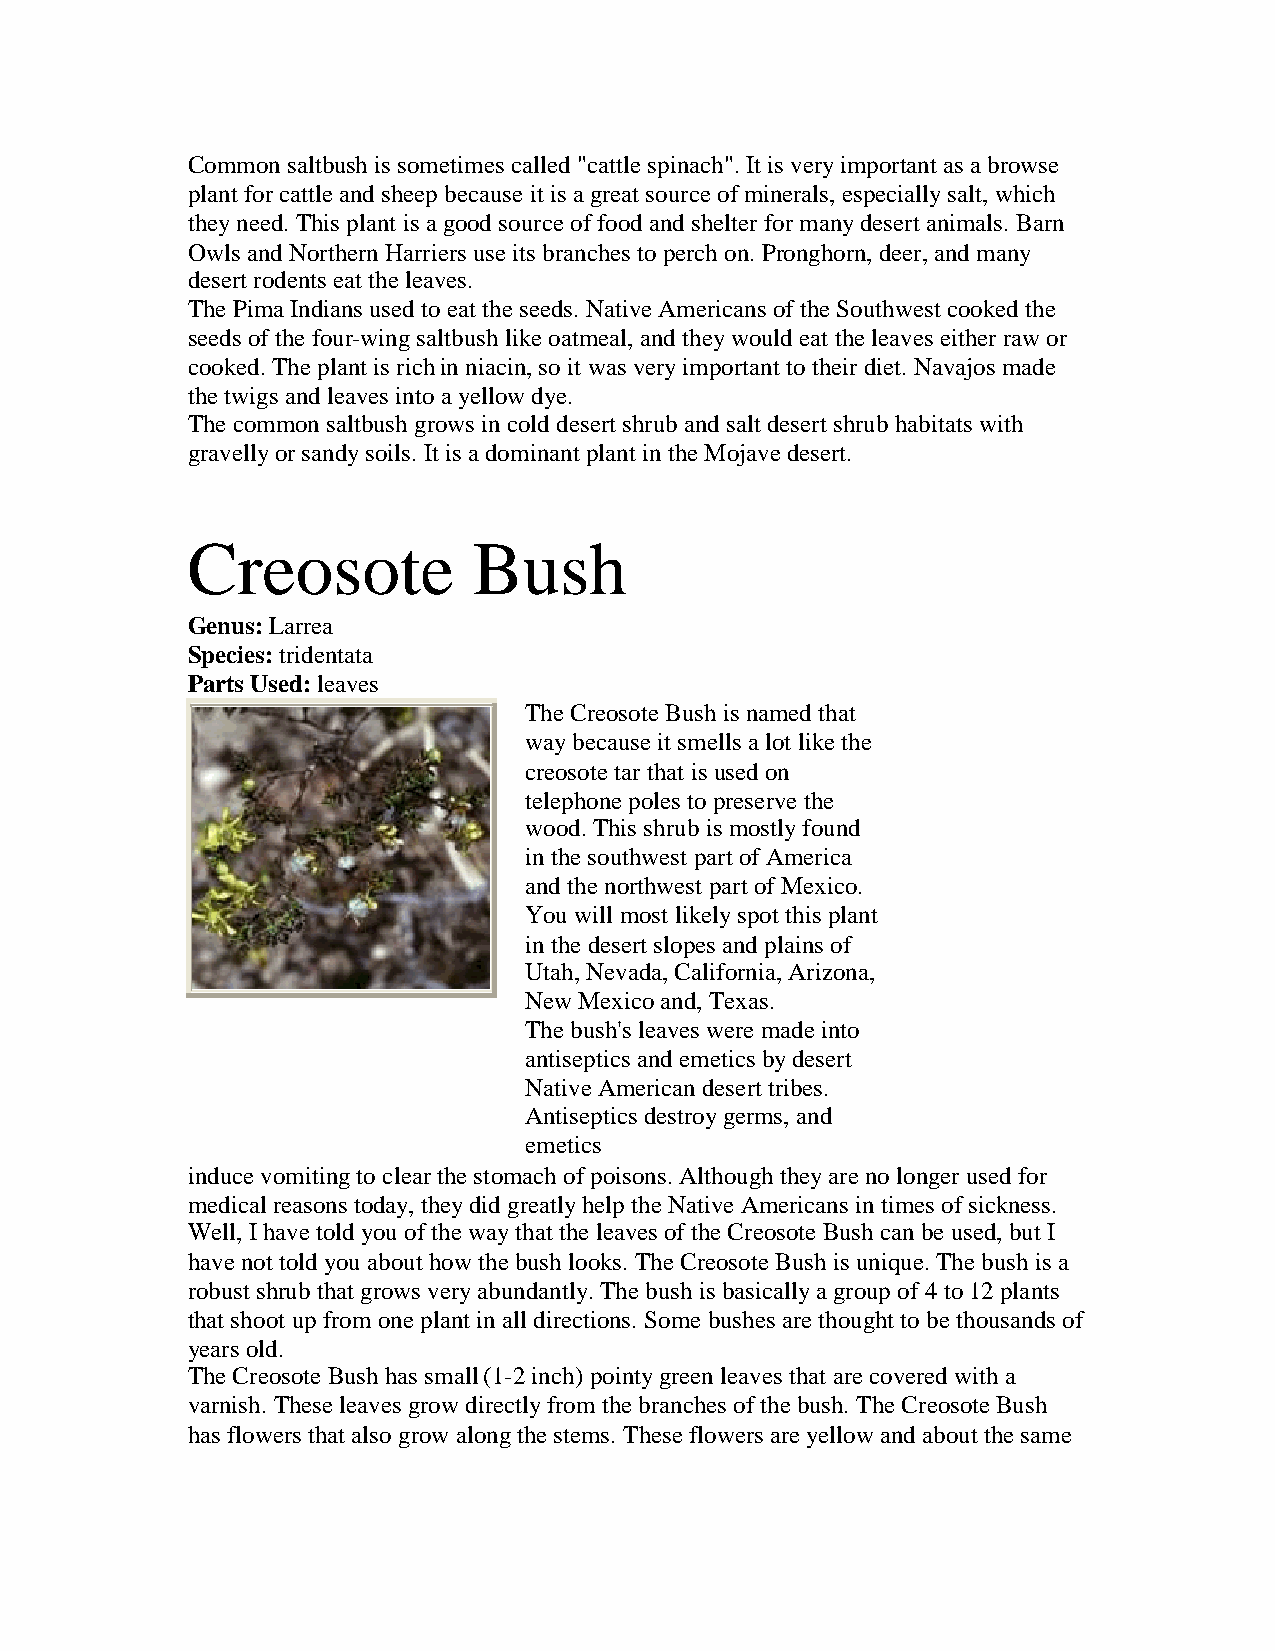
Commonsaltbush is sometimes called"cattlespinach".It is veryimportant as abrowse
 plant forcattleandsheepbecauseit is agreat sourceofminerals, especiallysalt,which
 theyneed.This plant is agoodsourceoffoodandshelterformanydesert animals. Barn
 Owls andNorthernHarriers useits branches toperchon.Pronghorn,deer,andmany
 desert rodents eat theleaves.
 ThePimaIndians usedtoeat theseeds. NativeAmericans oftheSouthwest cookedthe
 seeds ofthefour-wingsaltbush likeoatmeal,andtheywouldeat theleaves eitherrawor
 cooked.Theplant is richinniacin,so it was veryimportant totheirdiet.Navajos made
 thetwigs andleaves intoayellowdye.
 Thecommonsaltbush grows incolddesert shrubandsalt desert shrubhabitats with
 gravellyorsandysoils. It is adominant plant intheMojavedesert.
 Creosote           Bush
 Genus:Larrea
 Species:tridentata
 Parts Used:leaves
 TheCreosoteBush is namedthat
 waybecauseit smells alot likethe
 creosotetarthat is usedon
 telephonepoles topreservethe
 wood.This shrubis mostlyfound
 inthesouthwest part ofAmerica
 andthenorthwest part ofMexico.
 Youwill most likelyspot this plant
 inthedesert slopes andplains of
 Utah,Nevada,California,Arizona,
 NewMexicoand,Texas.
 Thebush's leaves weremadeinto
 antiseptics andemetics bydesert
 NativeAmericandesert tribes.
 Antiseptics destroygerms, and
 emetics
 inducevomitingtoclearthestomachofpoisons.Althoughtheyarenolongerusedfor
 medical reasons today,theydidgreatlyhelptheNativeAmericans intimes ofsickness.
 Well,Ihavetoldyouofthewaythat theleaves oftheCreosoteBush canbeused,but I
 havenot toldyouabout howthebush looks. TheCreosoteBush is unique.Thebush is a
 robust shrubthat grows veryabundantly.Thebush is basicallyagroupof 4to12plants
 that shoot upfrom oneplant inall directions. Somebushes arethought tobethousands of
 years old.
 TheCreosoteBush has small(1-2inch) pointygreenleaves that arecovered witha
 varnish. Theseleaves growdirectlyfrom thebranches ofthebush. TheCreosoteBush
 has flowers that also growalongthestems. Theseflowers areyellowandabout thesame